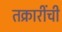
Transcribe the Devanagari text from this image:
तक्रारींची